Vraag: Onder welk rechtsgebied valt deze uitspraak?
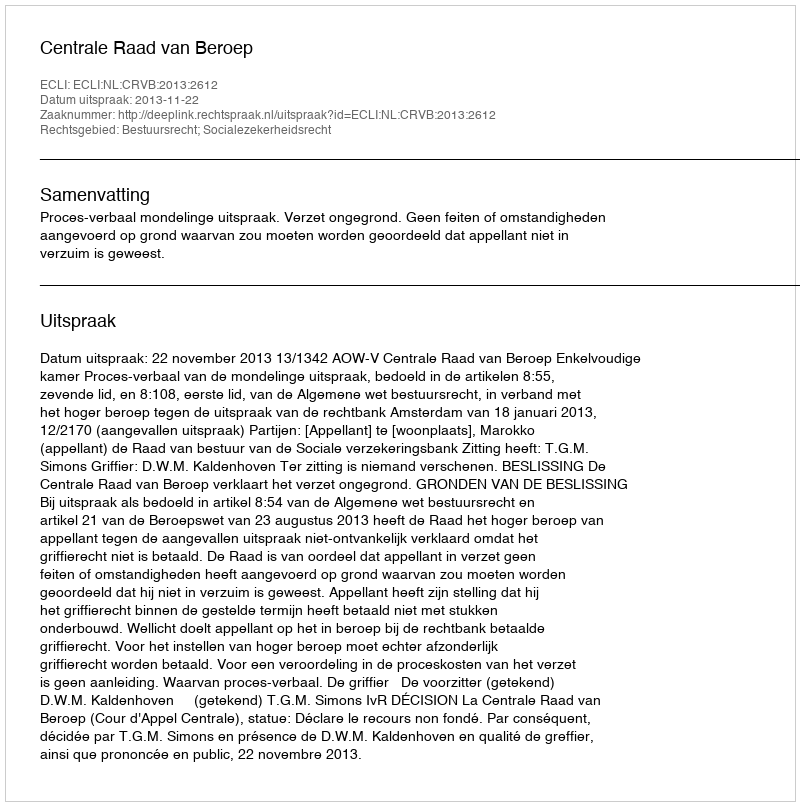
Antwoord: Bestuursrecht; Socialezekerheidsrecht